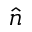
\hat { n }